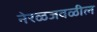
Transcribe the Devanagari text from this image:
नेरळजवळील